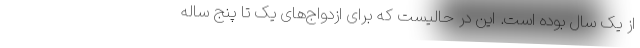
از یک سال بوده است. این در حالیست که برای ازدواج‌های یک تا پنج ساله